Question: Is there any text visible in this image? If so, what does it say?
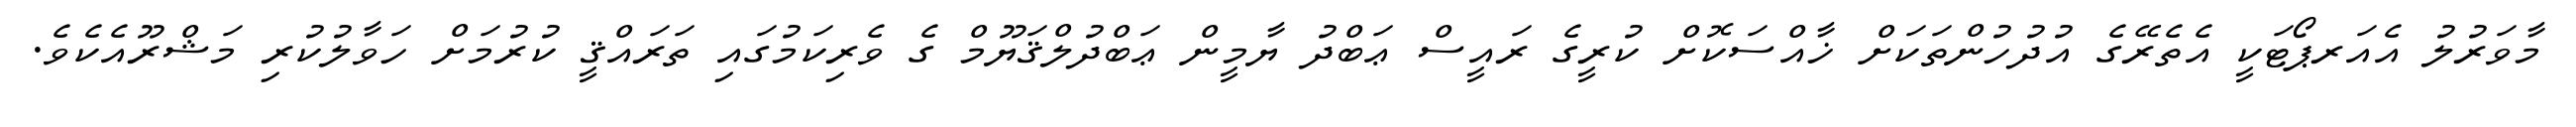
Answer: މާވަރުލު އެއަރޕޯޓަކީ އެތެރޭގެ އުދުހުންތަކަށް ޚާއްސަކޮށް ކުރީގެ ރައީސް ޢަބްދު ޔާމީން ޢަބްދުލްޤަޔޫމް ގެ ވެރިކަމުގައި ތަރައްޤީ ކުރުމަށް ހަވާލުކުރި މަޝްރޫއެކެވެ.